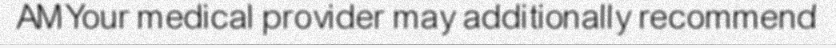
AMYour medical provider may additionally recommend